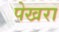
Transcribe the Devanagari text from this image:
पेखरा